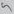
Text: 5